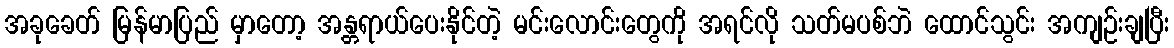
အခုခေတ် မြန်မာပြည် မှာတော့ အန္တရာယ်ပေးနိုင်တဲ့ မင်းလောင်းတွေကို အရင်လို သတ်မပစ်ဘဲ ထောင်သွင်း အကျဉ်းချပြီး